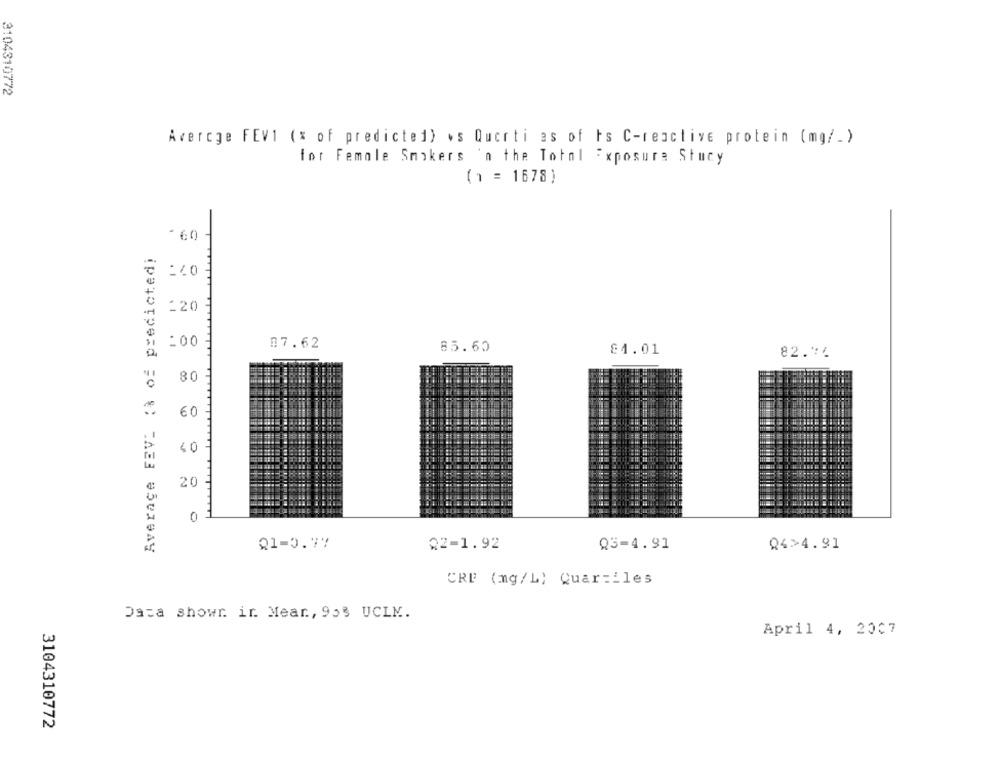
3104310772
Avercge FEV1 (x of predicted) *s Querti as of ts C-reactive protein (mg/.)
for Female Smokers 'n the Total Exposure Stacy
( 1 = 1678)
-
Average FEVE (% of predicted)
=20 =
:00
VNO
07.62
85.60
84.01
82.14
80
60
40
20
0
Q1-0.77
22-1.92
Q3-4.91
Q4>4.91
CRE (mg/L) Quartiles
Data showr ir Mear, 953 UCLM.
April 4, 2007
3104310772